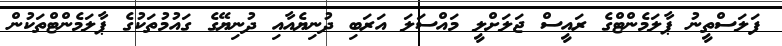
ފަލަސްތީނު ޕާލަމެންޓްގެ ރައީސް ޖަލަށްލީ މައްސަލަ އަރަބި ދުނިޔެއާއި ދުނިޔޭގެ ގައުމުތަކުގެ ޕާލަމެންޓްތަކުން